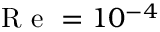
\textrm { R e } = 1 0 ^ { - 4 }